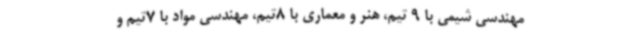
مهندسی شیمی با 9 تیم، هنر و معماری با 8تیم، مهندسی مواد با 7تیم و